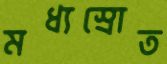
মধ্যস্রোত